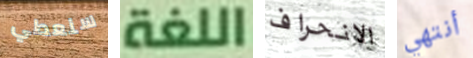
سنعطي اللغة الانحراف أنتهي